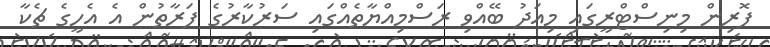
ފޮރިން މިނިސްޓްރީގައި މިއަދު ބޭއްވި ރަސްމިއްޔާތެއްގައި ސަރުކާރުގެ ފަރާތުން އެ އެހީގެ ޗެކާ